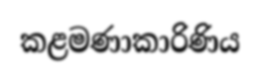
කළමණාකාරිණිය